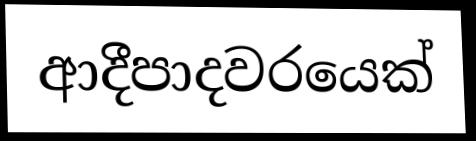
ආදීපාදවරයෙක්